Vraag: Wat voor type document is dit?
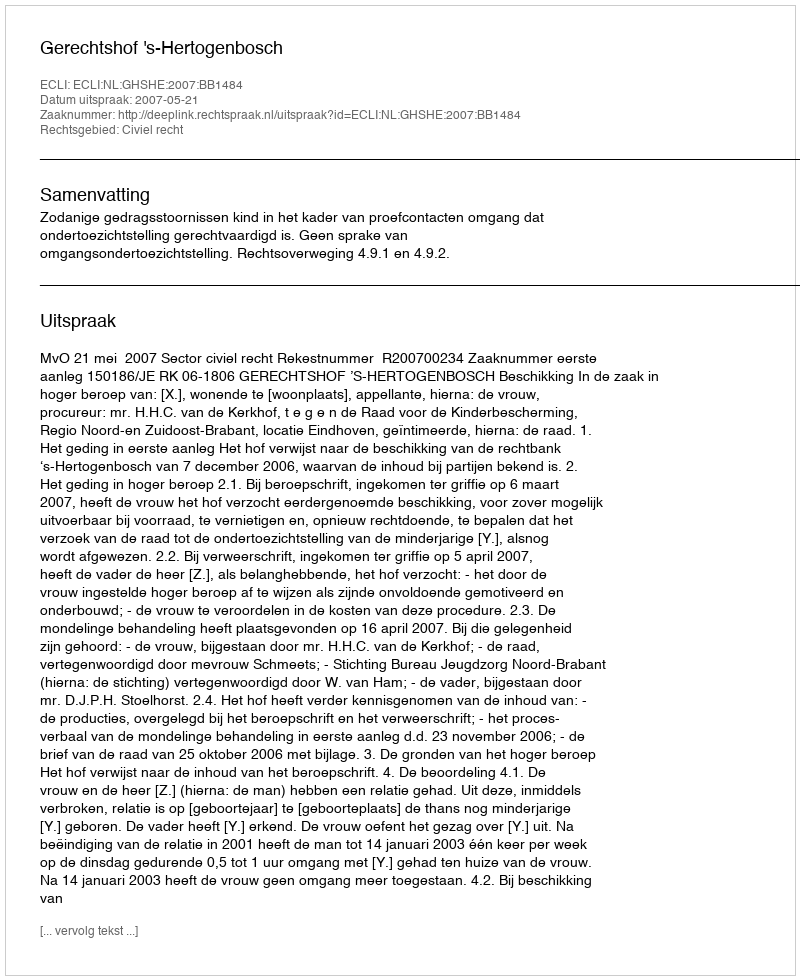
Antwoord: Uitspraak